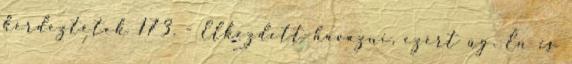
kérdeztétek 173. - Elkezdett havazni, ezért úg. Én is